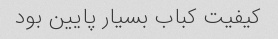
کیفیت کباب بسیار پایین بود